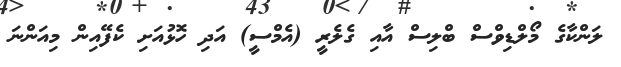
ލަންކާގެ މޯލްޑިވްސް ބްލިސް އާއި ގެލެރީ (އެމްސީ) އަދި ހޮޅުއަށި ކެފޭއިން މިއަންނަ